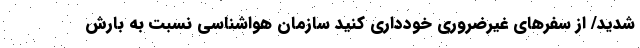
شدید/ از سفرهای غیرضروری خودداری کنید سازمان هواشناسی نسبت به بارش